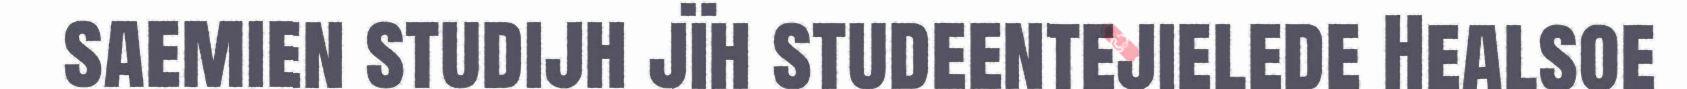
saemien studijh jïh studeentejielede Healsoe